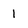
Character: 1